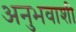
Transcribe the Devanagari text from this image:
अनुभवाशी